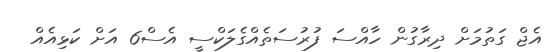
އެޖް ގަތުމަށް ދިރާގުން ހާއްސަ ފުރުސަތެއްގެލަކްސީ އެސް6 އަށް ކަޅިއެއް